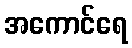
အကောင်ရေ